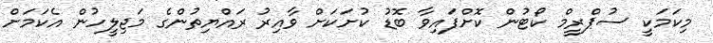
މިކަމަކީ ސުޕްރީމް ކޯޓުން ކޮށްފައިވާ ބޮޑު ކުށަކަށް ވާއިރު ރައްޔިތުންގެ މަޖިލީހުން އެކަމަށް